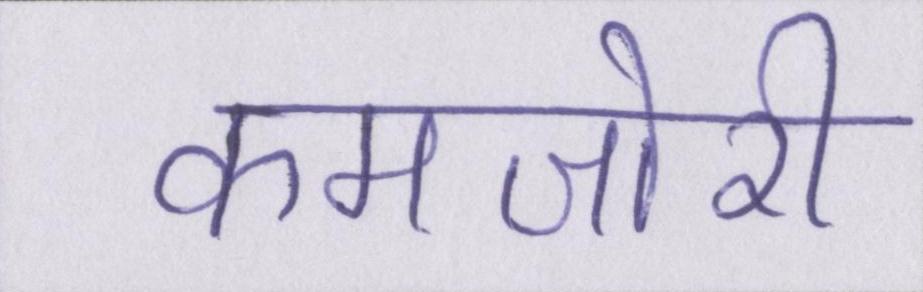
कमजोरी